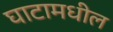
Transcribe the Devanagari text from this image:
घाटामधील